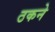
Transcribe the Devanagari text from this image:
ठकने